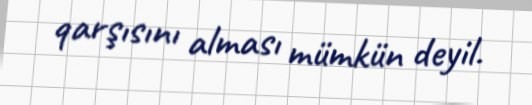
qarşısını alması mümkün deyil.